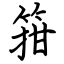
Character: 箝